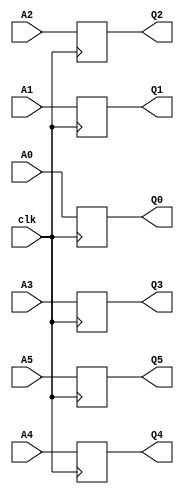
module flip_latch(clk,A0,A1,A2,A3,A4,A5,Q0,Q1,Q2,Q3,Q4,Q5);

output [3:0] Q0,Q1,Q2,Q3,Q4,Q5;
input  clk;
input  [3:0] A0,A1,A2,A3,A4,A5;

reg [3:0] Q0,Q1,Q2,Q3,Q4,Q5;

always @(posedge clk)
begin
	Q0 <= A0;
	Q1 <= A1;
	Q2 <= A2;
	Q3 <= A3;
	Q4 <= A4;
	Q5 <= A5;
end
endmodule